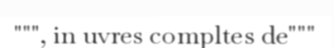
""", in uvres compltes de"""